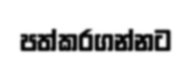
පත්කරගන්නට